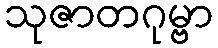
သုဇာတဂုမ္ဗာ